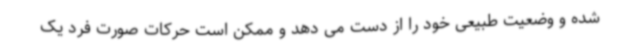
شده و وضعیت طبیعی خود را از دست می دهد و ممکن است حرکات صورت فرد یک